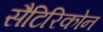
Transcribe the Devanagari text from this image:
सैटिरिकोन